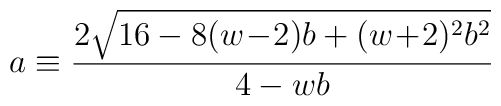
a \equiv \frac{2 \sqrt{16 - 8(w\!-\!2)b + (w\!+\!2)^2 b^2}}{4-wb}